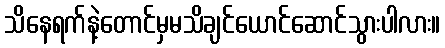
သိနေရက်နဲ့တောင်မှမသိချင်ယောင်ဆောင်သွားပါလား။